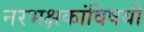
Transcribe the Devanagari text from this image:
नरभक्षकांविषयी